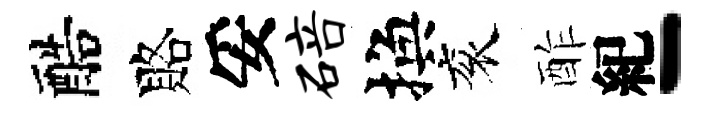
醅賂妥碚換衮酢紀-